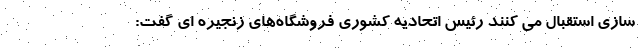
سازی استقبال مي كنند رئیس اتحاديه كشوري فروشگاه‌هاي زنجيره اي گفت: